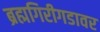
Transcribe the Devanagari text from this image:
ब्रह्मगिरीगडावर